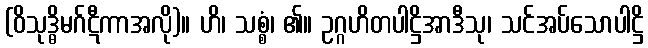
(ဝိသုဒ္ဓိမဂ်ဋီကာအလို)။ ဟိ၊ သစ္စံ၊ ၏။ ဥဂ္ဂဟိတပါဋ္ဌိအာဒီသု၊ သင်အပ်သောပါဋ္ဌိ